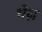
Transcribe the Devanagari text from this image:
थेज़